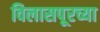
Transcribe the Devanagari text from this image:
विलासपूरच्या